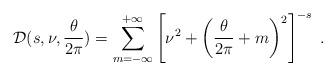
LaTeX: \begin{align*}{\cal D} (s,\nu, {\theta\over 2\pi}) = \sum_{m=-\infty}^{+\infty}\left[ \nu^2 +\left({\theta\over 2\pi}+m \right)^2 \right]^{-s} \;.\end{align*}